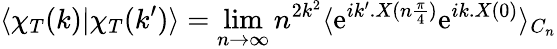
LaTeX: \langle\chi_{T}(k)|\chi_{T}(k^{\prime})\rangle=\operatorname*{lim}_{n\to\infty}n^{2k^{2}}\langle\mathrm{e}^{ik^{\prime}.X(n\frac{{\pi}}{{4}})}\mathrm{e}^{ik.X(0)}\rangle_{C_{n}}